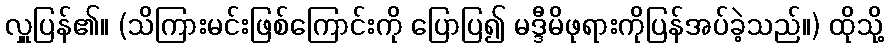
လှူပြန်၏။ (သိကြားမင်းဖြစ်ကြောင်းကို ပြောပြ၍ မဒ္ဒီမိဖုရားကိုပြန်အပ်ခဲ့သည်။) ထိုသို့